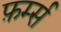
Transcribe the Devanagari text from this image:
फ़र्म्स